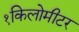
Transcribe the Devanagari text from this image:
१किलोमीटर